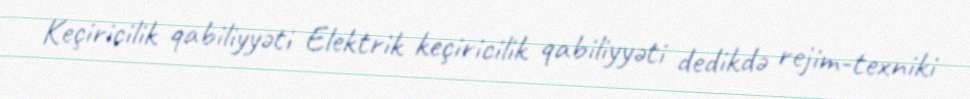
Keçiricilik qabiliyyəti Elektrik keçiricilik qabiliyyəti dedikdə rejim-texniki